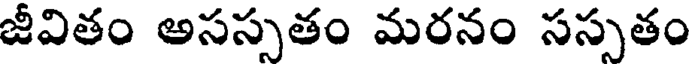
జీవితం అసస్సతం మరనం సస్సతం